Bréfritari: Sigríður Guðmundsdóttir
Viðtakandi: Jón Borgfirðings Jónsson
Dagsetning: A-1859-12-26
Skrifað á: Reykjavík  Gull.

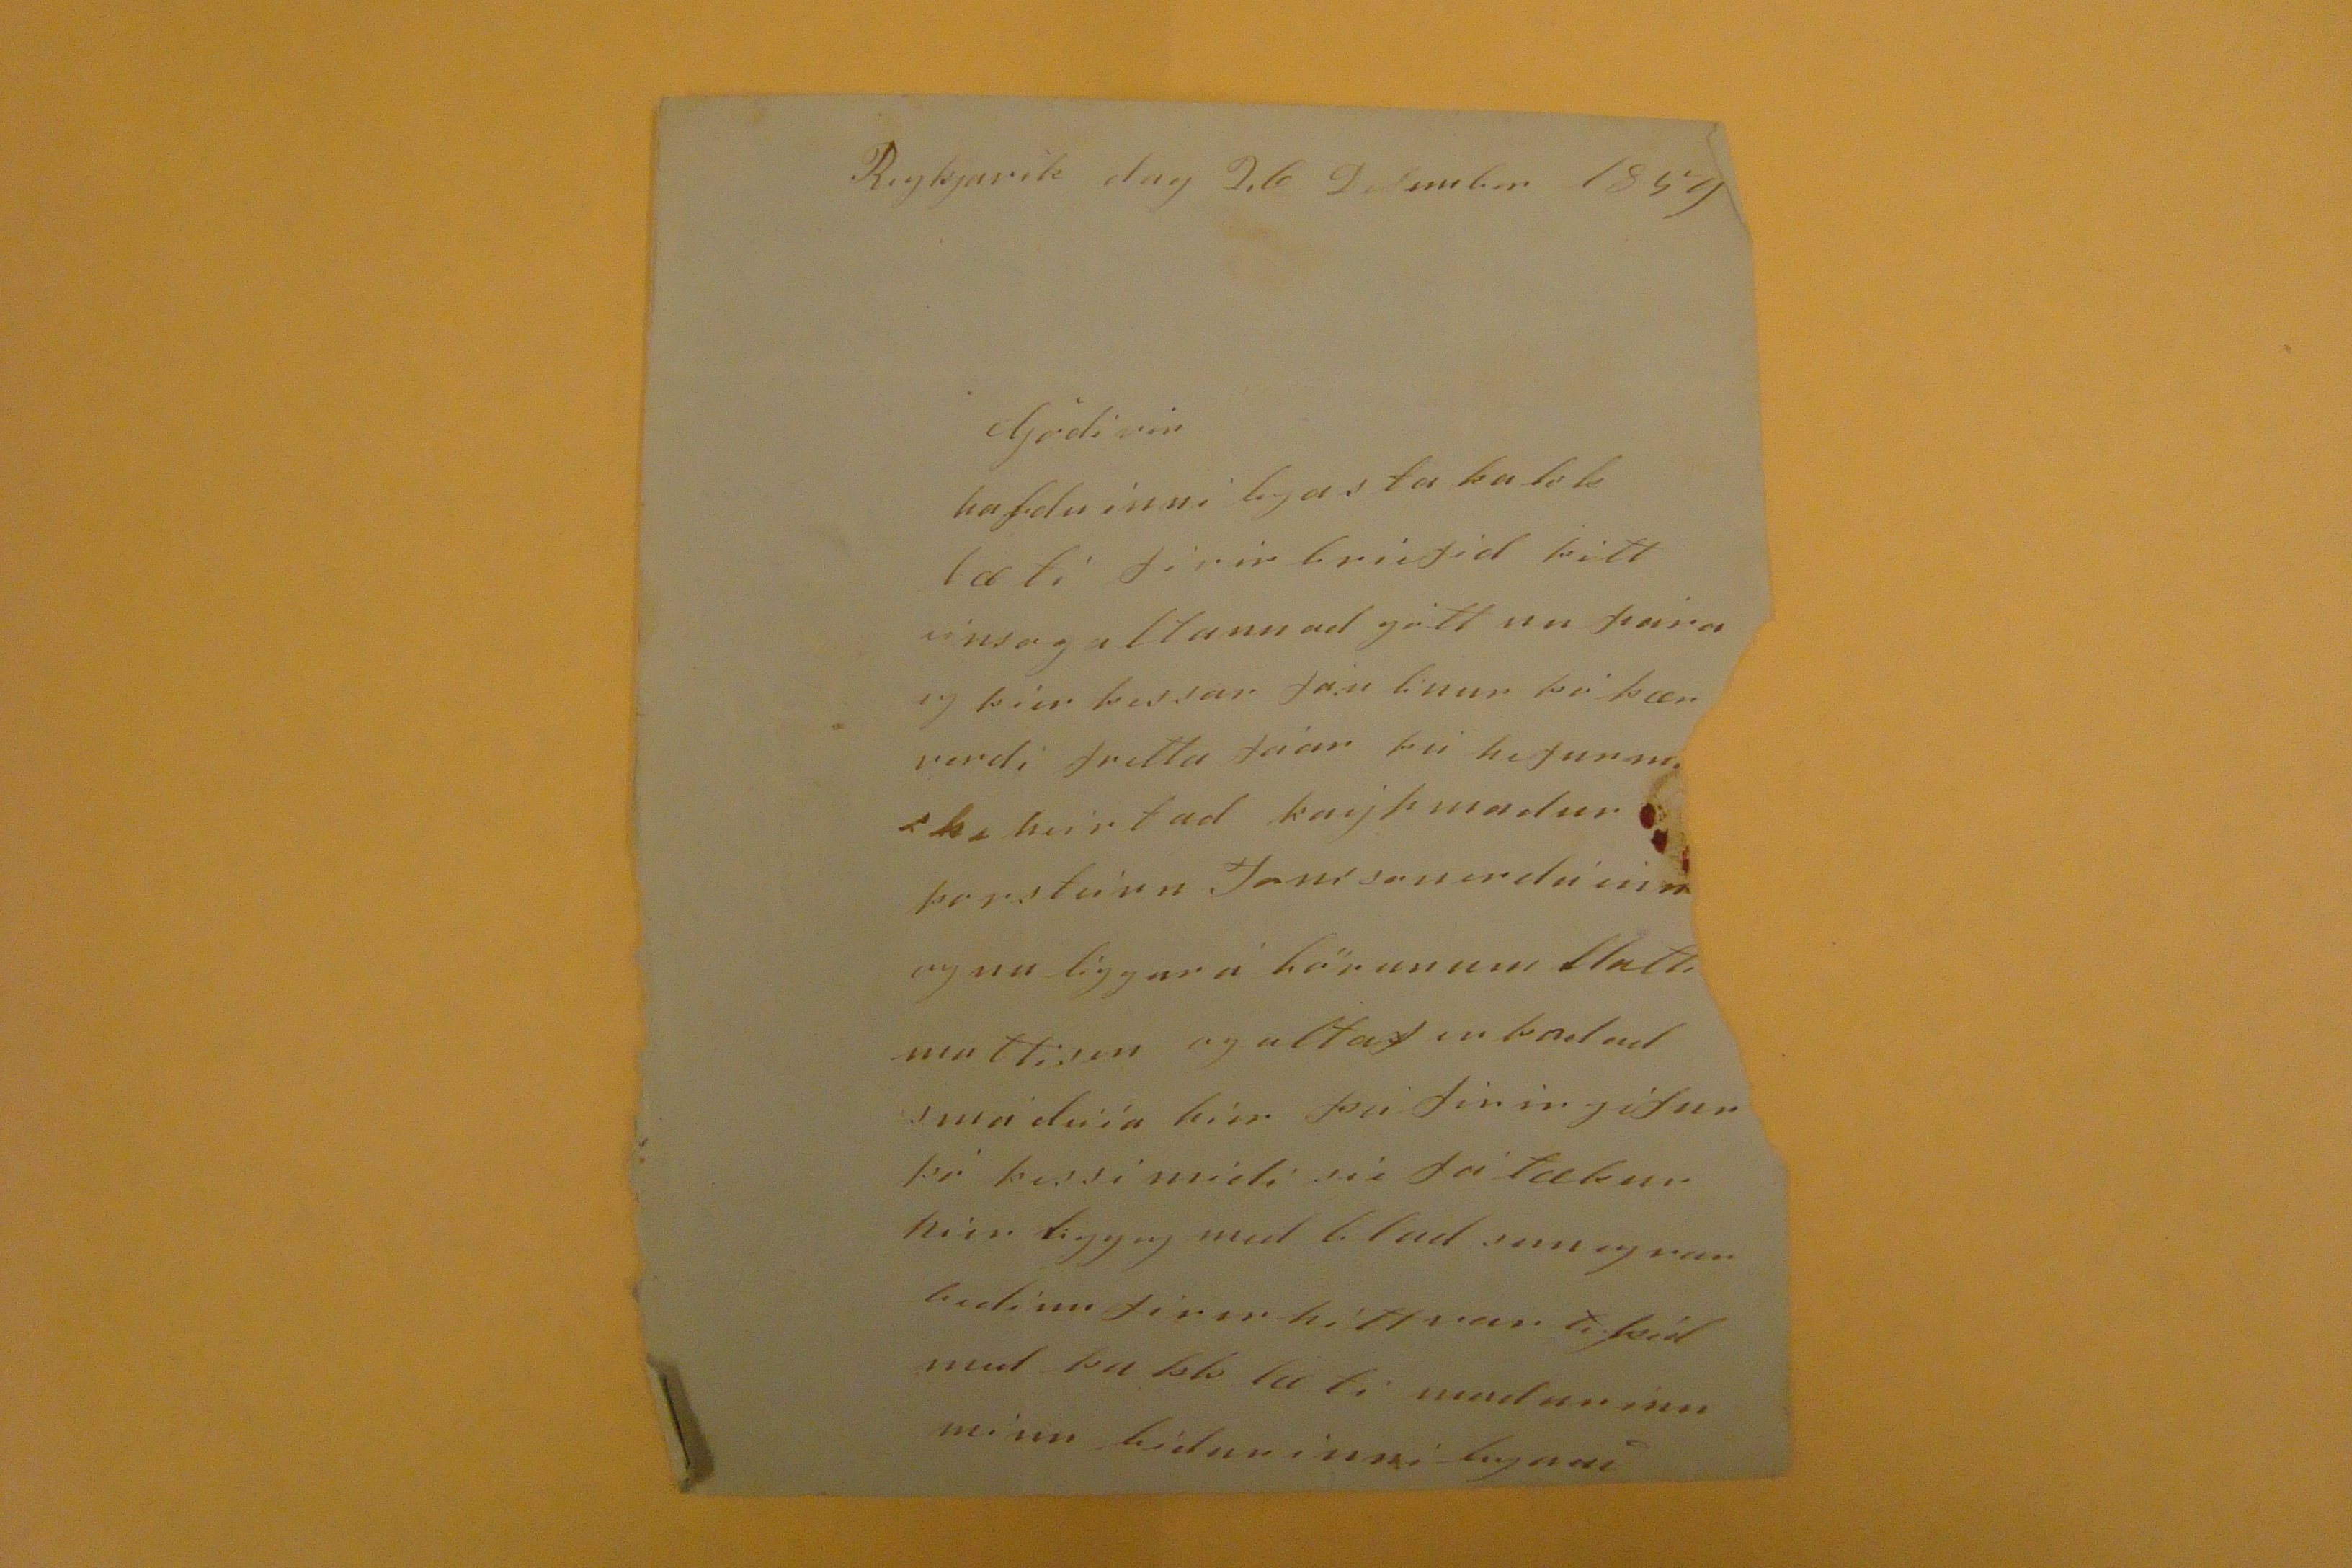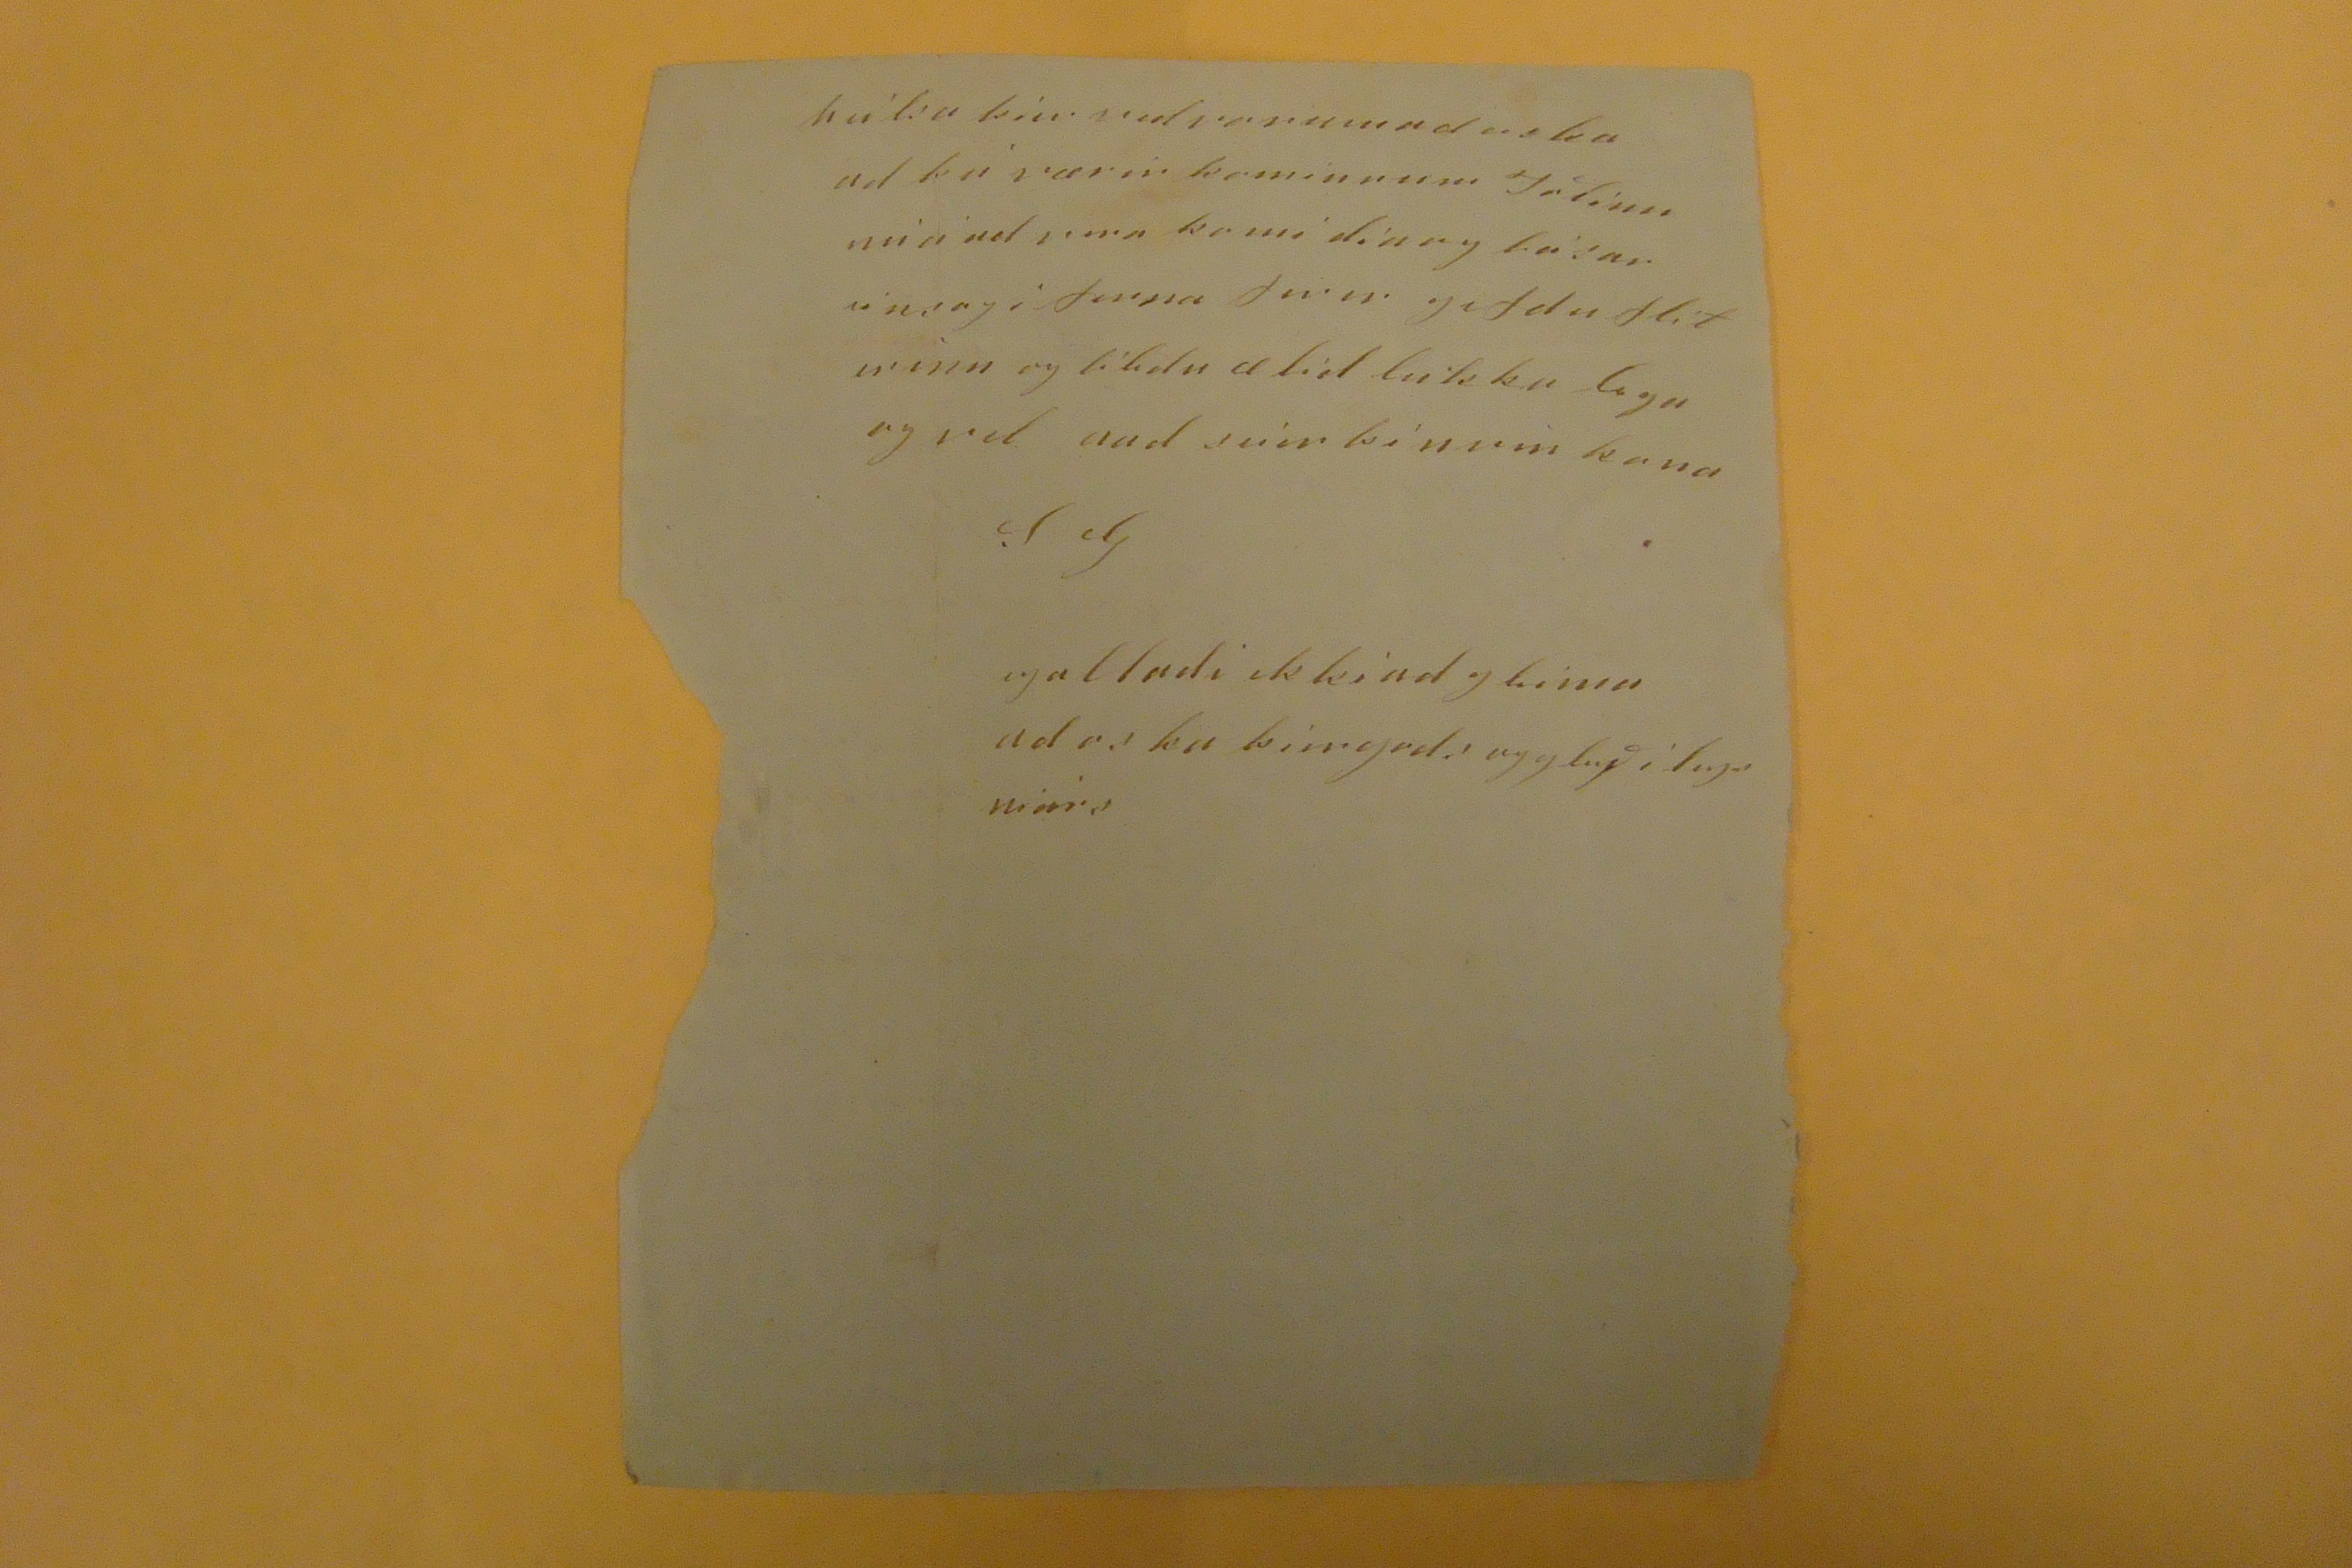

Reyjavik dag 26 Desember 1859
gódi vin
hafdu inni legasta þakklæti firir briefid þitt einsog altannad gott nu
para
eg þier þessar fáu linur þó þær verdi fretta fáar þú hefur
máske
heirt ad kaypmadur Þorsteirn Jonsson er dáin
??
og nu liggur á börunum
tlatti mattisen
og altaf er þad ad smá deiía þier þá firir gifur þó þessi midi sie fátækur hier ligg eg med blad sem eg var bedinn firir hitt var
?? þid
med þakklæti madurinn minn bidur inni lega að
heisla þier vid vonum ad oska ad þú værir kominn um Jólinn nú á ad vera komi
din og básar einsog
i firra firir gefdu flitirinn og likdu æ tid lukku lega og vel
aad
seiir þin vin kona
S G
eg alladi ekki ad gleima ad oska þier gods og gleði legs niárs